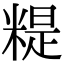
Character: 䊓